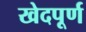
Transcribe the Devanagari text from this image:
खेदपूर्ण